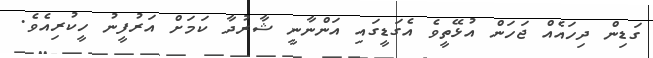
ގަޑިން ދިހައެއް ޖަހަން އުޅޭތީވެ އެގަޑީގައި އަންނާނީ ޝާރުދާ ކަމަށް އަރުފީނު ހީކުރިއެވެ.